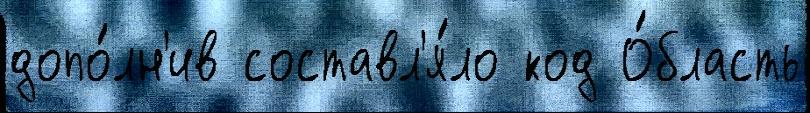
допо́лн'ив составл'я́ло код О́бласть